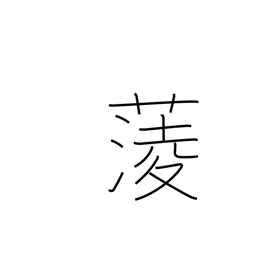
Meaning: water chestnut